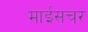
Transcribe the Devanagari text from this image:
माईसचर